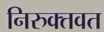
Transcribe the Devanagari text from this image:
निरुक्तवत